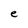
Character: e